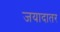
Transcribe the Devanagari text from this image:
जयादातर